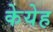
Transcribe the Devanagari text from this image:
केयेह